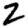
Digit: 2